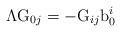
LaTeX: \begin{align*}\mathrm{\Lambda G}_{0j}=-\mathrm{G}_{ij}\mathrm{b}_{0}^{i}\end{align*}